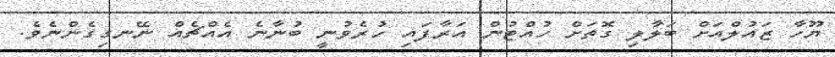
ޔޫހާ ޒައުލްއަށް ބަލާލި ގޮތަށް ހުއްޓުން އަރާފައި ހުރެވުނީ ބުނާނެ އެއްޗެއް ނޭނގިގެންނެވެ.